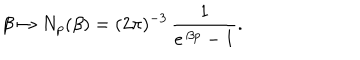
\beta \mapsto N _ { p } ( \beta ) = ( 2 \pi ) ^ { - 3 } \, \frac { 1 } { e ^ { \, \beta p } - 1 } .